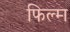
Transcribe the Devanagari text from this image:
फिल्‍म्‍ा